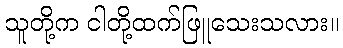
သူတို့က ငါတို့ထက်ဖြူသေးသလား။